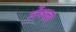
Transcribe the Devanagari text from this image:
लेंञ्ज़ा